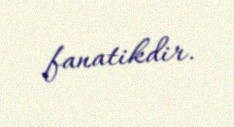
fanatikdir.